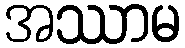
အဿာမ